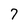
Character: 7